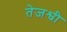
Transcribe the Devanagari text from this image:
तेजश्वी